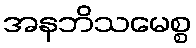
အနဘိသမေစ္စ